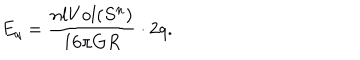
E _ { q } = \frac { n l V o l ( S ^ { n } ) } { 1 6 \pi G R } \cdot 2 q .